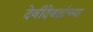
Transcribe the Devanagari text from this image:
देवीदेवतांच्या